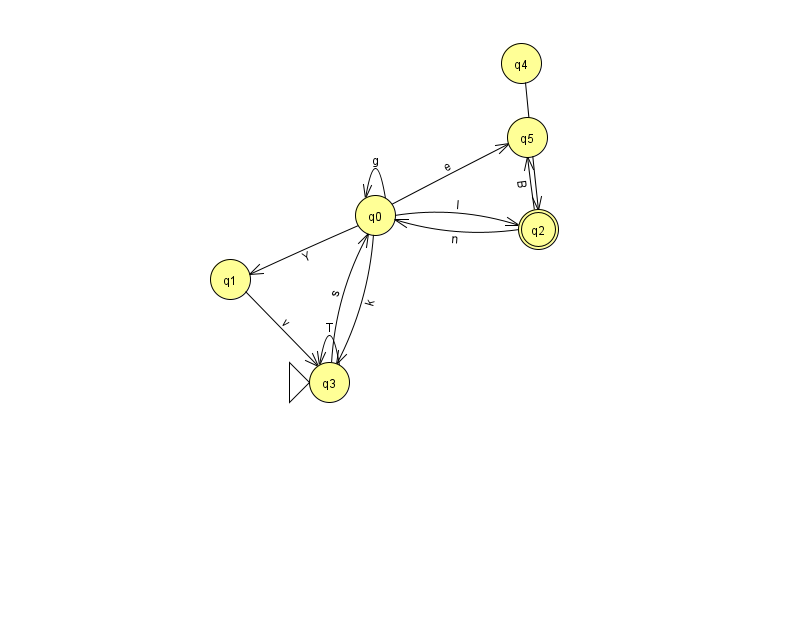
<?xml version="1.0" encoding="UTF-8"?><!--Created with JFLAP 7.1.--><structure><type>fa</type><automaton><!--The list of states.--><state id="0" name="q0"><x>375.0</x><y>202.0</y></state><state id="1" name="q1"><x>230.0</x><y>266.0</y></state><state id="2" name="q2"><x>538.0</x><y>216.0</y><final/></state><state id="3" name="q3"><x>329.0</x><y>369.0</y><initial/></state><state id="4" name="q4"><x>521.0</x><y>50.0</y></state><state id="5" name="q5"><x>527.0</x><y>124.0</y></state><!--The list of transitions.--><transition><from>2</from><to>5</to><read>B</read></transition><transition><from>1</from><to>3</to><read>v</read></transition><transition><from>3</from><to>3</to><read>T</read></transition><transition><from>0</from><to>5</to><read>e</read></transition><transition><from>3</from><to>0</to><read>s</read></transition><transition><from>0</from><to>0</to><read>g</read></transition><transition><from>0</from><to>2</to><read>I</read></transition><transition><from>0</from><to>1</to><read>Y</read></transition><transition><from>0</from><to>3</to><read>k</read></transition><transition><from>2</from><to>0</to><read>n</read></transition><transition><from>4</from><to>2</to><read>v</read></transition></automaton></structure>